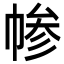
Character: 㡎